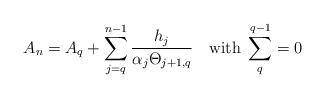
LaTeX: \begin{align*}A_{n}=A_{q}+\sum_{j=q}^{n-1}\frac{h_{j}}{\alpha_{j}\Theta_{j+1,q}}\quad\textup{with}\;\sum_{q}^{q-1}=0\end{align*}